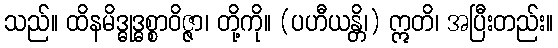
သည်။ ထိနမိဒ္ဓုဒ္ဓစ္စာဝိဇ္ဇာ၊ တို့ကို။ (ပဟီယန္တိ၊) ဣတိ၊ အပြီးတည်း။